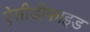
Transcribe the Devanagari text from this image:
ऐसीडीफाइड